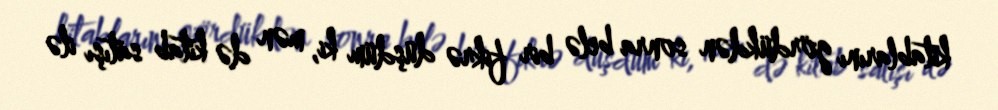
kitablarını gördükdən sonra belə bir fikrə düşdüm ki, mən də kitab satışı ilə